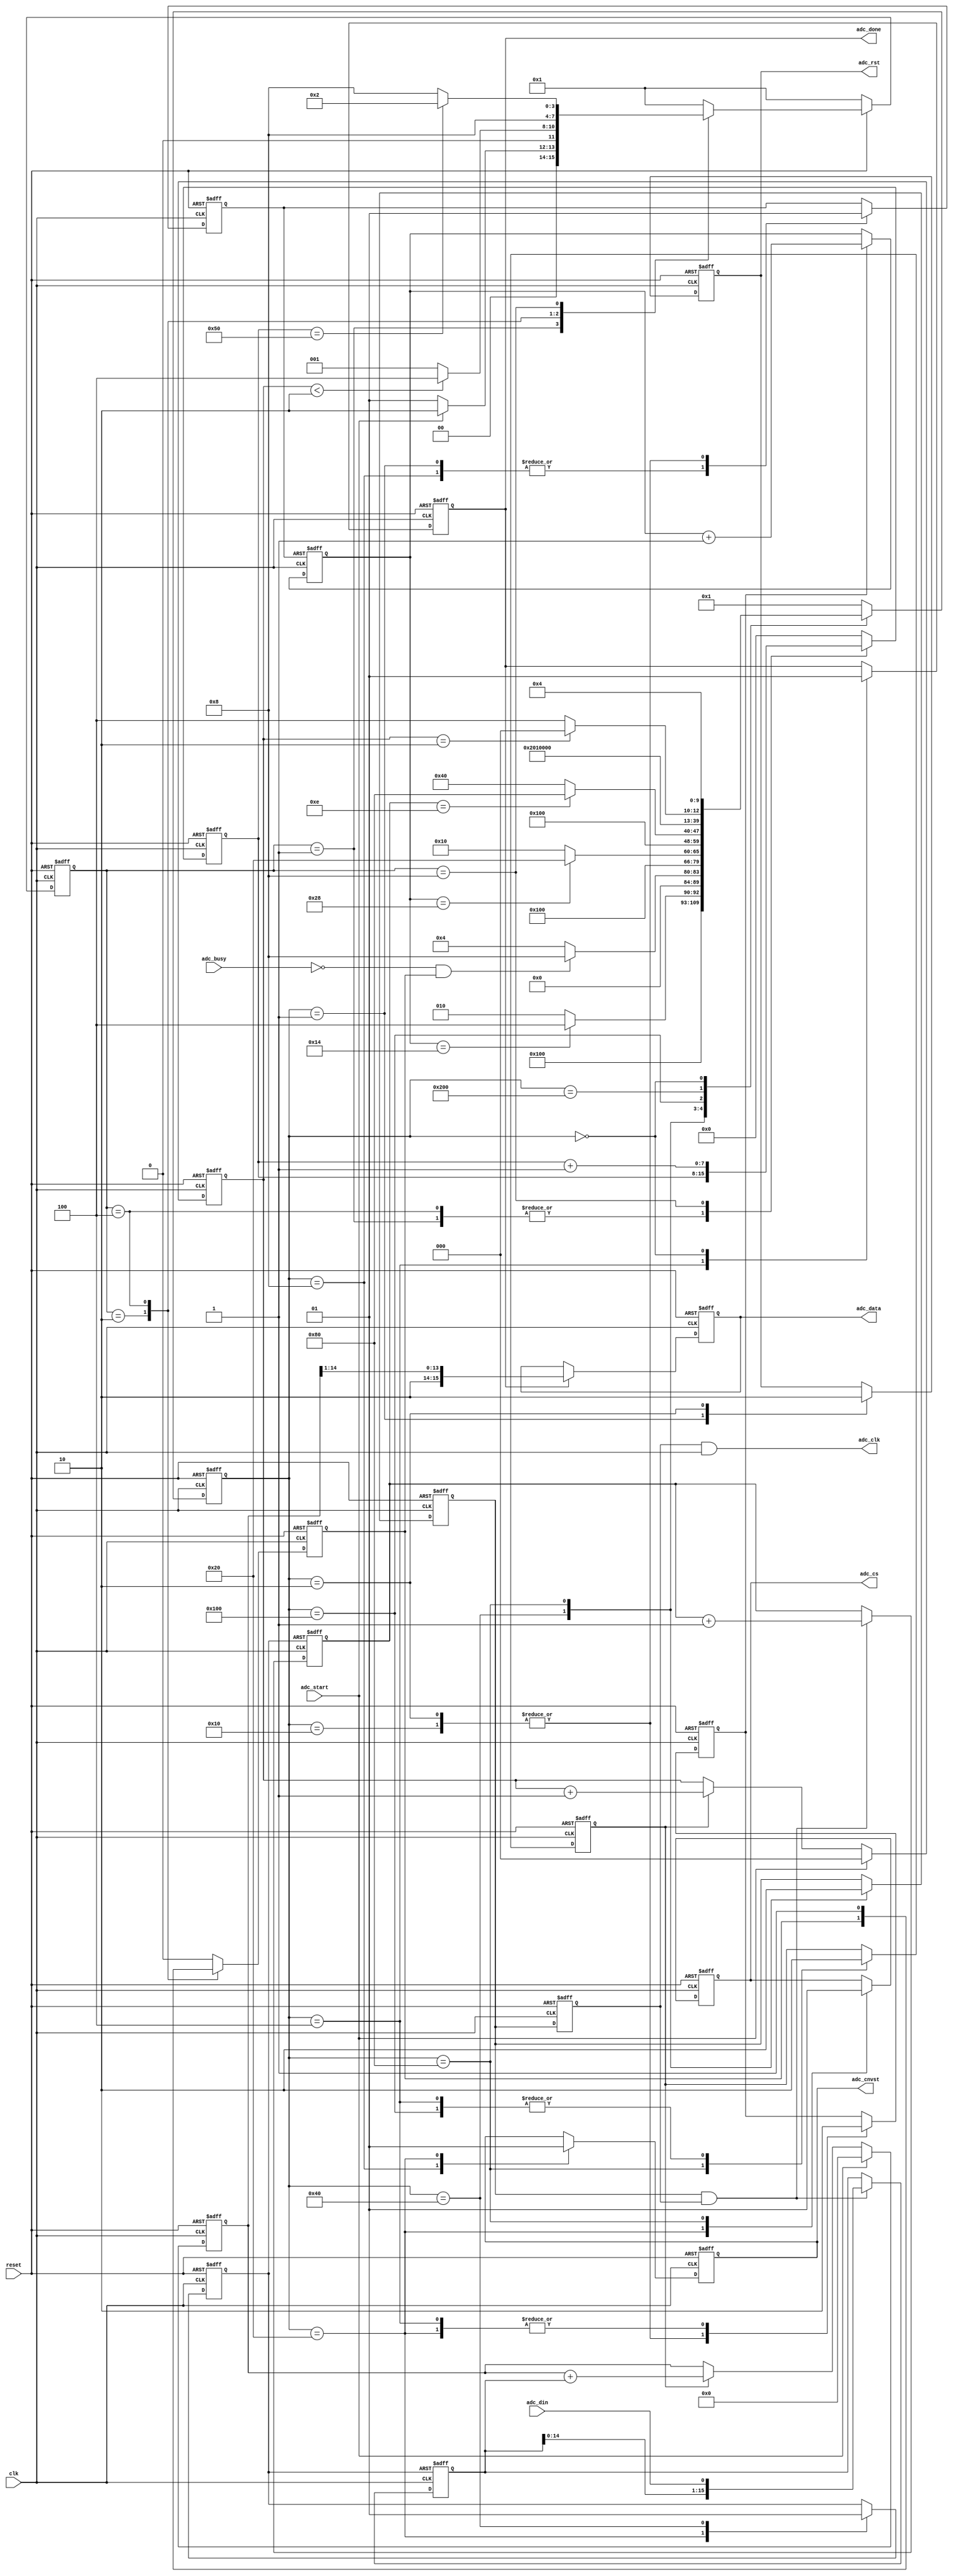
///////////////////////////////////////////////////////////////////////////////////////////////////
// Company: <KeA418>
//
// File history:
//      <V2.0.0>: <2016/10/31>: <adc7610 control>
//      <V2.0.1>: <2016/11/03>: <ADCPLL8MHz>
//      <Revision number>: <Date>: <Comments>
//
// Description: 
//
// <Description here>
// 1:,ADC
// 2:start,busy,ADC,ADC
//
// Targeted device: <Family::ProASIC3> <Die::A3P600> <Package::208 PQFP>
//
/////////////////////////////////////////////////////////////////////////////////////////////////// 

//`timescale <time_units> / <precision>

`define		AD0_DELAY_RESET				(6'd20)		//reset delay
`define		AD0_DELAY_CONVERSION		(6'd40)		//conversion delay
`define		AD0_SHIFT_BITS					(5'd14)		//shift bits

module adc7610d(
	output reg [15:0] adc_data,					//adc out data
	output adc_clk,									//adc clock
	output reg adc_cnvst, adc_cs, adc_rst,	//adc control signal
	output reg adc_done,							//adc done
	input adc_din, adc_busy,						//adc input signal
	input adc_start,									//adc launch
	// input ad_clk,
	input clk, reset									//system clock(33M) and reset 
);

	localparam [3:0] t0 = 4'b0001, t1 = 4'b0010, t2 = 4'b0100, t3 = 4'b1000;
	reg [3:0] cur, nxt;
	
	reg adc_start2;
	reg [2:0] scnt;
	reg [7:0] sdelay;
	
	always @(posedge clk, negedge reset) begin
		if(!reset) cur <= t0;
		else cur <= nxt;
	end
	
	always @(*)begin
		if(!reset) nxt = t0;
		else case (cur)
			t0 : if(adc_start) nxt = t1; else nxt = t0;
			t1 : if(scnt < 3'd2) nxt = t2; else nxt = t0;
			t2 : nxt = t3;
			t3 : if(sdelay == 8'd80) nxt = t1; else nxt = t3;
			default : nxt = t0;
		endcase
	end
	
	always @(posedge clk, negedge reset)begin
		if(!reset) begin adc_start2 <= 1'b0; sdelay <= {8{1'b0}}; end
		else case(cur)
			t0 : begin adc_start2 <= 1'b0; end
			t1 : begin sdelay <= {8{1'b0}}; end
			t2 : begin adc_start2 <= 1'b1; end
			t3 : begin adc_start2 <= 1'b0; sdelay <= sdelay + 1'b1; end
			default : begin adc_start2 <= 1'b0; sdelay <= {8{1'b0}}; end
		endcase
	end


	localparam [9:0] s0 = 10'b00_0000_0001, s1 = 10'b00_0000_0010, s2 = 10'b00_0000_0100, s3 = 10'b00_0000_1000, s4 = 10'b00_0001_0000,
					 s5 = 10'b00_0010_0000, s6 = 10'b00_0100_0000, s7 = 10'b00_1000_0000, s8 = 10'b01_0000_0000, s9 = 10'b10_0000_0000,
					 s10 = 10'b00_0000_0000;

	reg [5:0] delay;					//delay reg
	reg [4:0] shift_cnt;			//shift counter reg
	reg delay_en, shift_en;		//delay and shift enable reg
	reg delay_rst, shift_rst;	//delay and shift counter clear reg (async)
	
	//* ADC
	reg [9:0] cur_state, nxt_state;
	always @(posedge clk, negedge reset)begin
		if(!reset) cur_state <= s0;
		else cur_state <= nxt_state;
	end
	

	always @(*)begin
		case(cur_state)
		s0 : nxt_state <= s1;
		s1 : if(delay == `AD0_DELAY_RESET) nxt_state <= s2; else nxt_state <= s1;
		s2: if((!adc_busy) && adc_start2) nxt_state <= s3; else nxt_state <= s2;
		s3 : nxt_state <= s4;
		s4 : if(delay == `AD0_DELAY_CONVERSION) nxt_state <= s5; else nxt_state <= s4;
		s5 : nxt_state <= s6;
		s6 : if(shift_cnt == `AD0_SHIFT_BITS) nxt_state <= s7; else nxt_state <= s6;
		s7 : nxt_state <= s8;
		s8 : nxt_state <= s9;
		s9 : if(scnt == 2'd2) nxt_state <= s10; else nxt_state <= s2;
		s10 : nxt_state <= s2;
		default : nxt_state <= s0;
		endcase
	end
	
	reg adc_done2;
	always @(posedge clk, negedge reset)begin
		if(!reset) begin
			delay_en <= 1'b0; shift_en <= 1'b0;
			delay_rst <= 1'b1; shift_rst <= 1'b1;
			adc_rst <= 1'b0; adc_cnvst <= 1'b1; adc_cs <= 1'b1;
			adc_done <= 1'b0;
			adc_done2 <= 1'b0;
		end
		else begin
			case(cur_state)
			s0 : begin delay_rst <= 1'b0; adc_rst <= 1'b1; end
			s1 : begin delay_rst <= 1'b1; delay_en <= 1'b1; adc_rst <= 0; end
			s2 : begin delay_en <= 1'b0; adc_done2 <= 1'b0; adc_done <= 1'b0; end
			s3 : begin adc_cnvst <= 1'b0; delay_rst <= 1'b0; end
			s4 : begin delay_rst <= 1'b1; delay_en <= 1'b1; end
			s5 : begin adc_cnvst <= 1'b1; delay_en <= 1'b0; adc_cs <= 1'b0; shift_rst <= 1'b0; end
			s6 : begin shift_rst <= 1'b1; shift_en <= 1'b1; end
			s7 : begin adc_cs <= 1'b1; shift_en <= 1'b0; adc_done2 <= 1'b1; end
			s8 : begin adc_done2 <= 1'b0; end
			s9 : begin end
			s10 : begin adc_done <= 1'b1; end
			endcase
		end
	end
	
	//* 
	always @(posedge clk, negedge delay_rst)begin
		if(!delay_rst) delay <= {6{1'b0}};
		else if(delay_en) delay <= delay + 1'b1;
		else delay <= delay;
	end
	
	//* 2016-11-03
	//* ADC
	//* 10MHz 
	// reg [2:0] div;
	// always @(posedge clk, negedge reset)begin
		// if(!reset) div <= {3{1'b0}};
		// else div <= div + 1'b1;
	// end
	
	wire clk_4;
	//assign clk_4 = div[1];
	assign clk_4 = clk;
	
	//* 
	reg  q2;
	always @(posedge clk_4, negedge reset)begin
		if(!reset) q2 <= 1'b0;
		else q2 <= shift_en;
	end
	assign adc_clk = q2 & (clk_4);
	
	wire shift_en2;
	assign shift_en2 = shift_en & q2;
		
	//* 
	always @( posedge clk_4, negedge shift_rst)begin
		if(!shift_rst) shift_cnt <= {5{1'b0}};
		else if(shift_en2) shift_cnt <= shift_cnt + 1'b1;
	end

	reg [15:0] shift_data;
	always @(posedge clk_4, negedge shift_rst)begin
		if(!shift_rst) shift_data <= {16{1'b0}};
		else if(shift_en2) shift_data <= {shift_data[14:0], adc_din};
		else shift_data <= shift_data;
	end
	

	
	always @(posedge clk, negedge reset)begin
		if(!reset) scnt <= {3{1'b0}};
		else if(adc_start) scnt <= {3{1'b0}};
		else if(adc_done2) scnt <= scnt + 1'b1;
	end
	
	reg [17:0] sum;
	always @(posedge clk, negedge reset)begin
		if(!reset) sum <= {18{1'b0}};
		else if(adc_start) sum <= {18{1'b0}};
		else if(adc_done2) sum <= sum + shift_data;
	end
	
		//* 
	always @(posedge clk, negedge reset)begin
		if(!reset) adc_data <= {16{1'b0}};
		else if(adc_done) begin adc_data <= {2'b10,sum[14:1]}; end//adc_data <= shift_data;
	end
	
endmodule